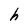
Character: h